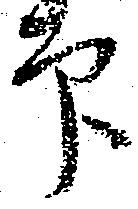
印